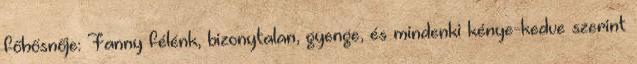
főhősnője: Fanny félénk, bizonytalan, gyenge, és mindenki kénye-kedve szerint